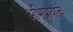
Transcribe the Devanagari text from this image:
अभिप्रायांचे